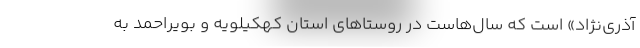
آذری‌نژاد» است که سال‌هاست در روستاهای استان کهکیلویه و بویراحمد به